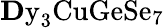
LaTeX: \mathrm{{\mathbf Dy}_{3}CuGeSe_{7}}